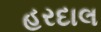
હરદાલ